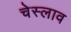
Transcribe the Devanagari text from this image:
चेस्लाव